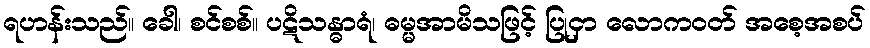
ရဟန်းသည်။ ခေါ၊ စင်စစ်။ ပဋိသန္ဓာရံ၊ ဓမ္မအာမိသဖြင့် ပြုငှာ လောကဝတ် အစေ့အစပ်